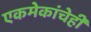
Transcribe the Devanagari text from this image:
एकमेकांचेही